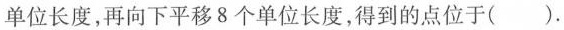
单位长度,再向下平移8个单位长度,得到的点位于( ）